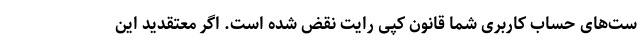
ست‌های حساب کاربری شما قانون کپی رایت نقض شده است. اگر معتقدید این